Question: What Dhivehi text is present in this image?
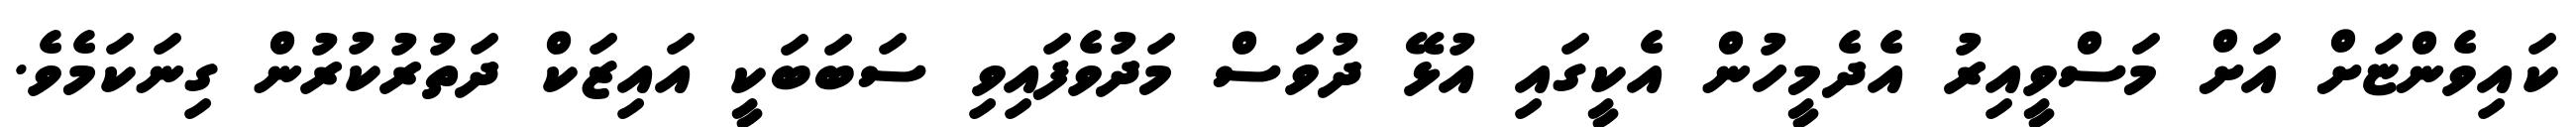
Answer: ކައިވެންޏަށް އަށް މަސްވީއިރު އެދެމީހުން އެކީގައި އުޅޭ ދުވަސް މަދުވެފައިވި ސަބަބަކީ އައިޒަކް ދަތުރުކުރުން ގިނަކަމެވެ.